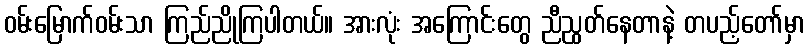
ဝမ်းမြောက်ဝမ်းသာ ကြည်ညိုကြပါတယ်။ အားလုံး အကြောင်းတွေ ညီညွတ်နေတာနဲ့ တပည့်တော်မှာ